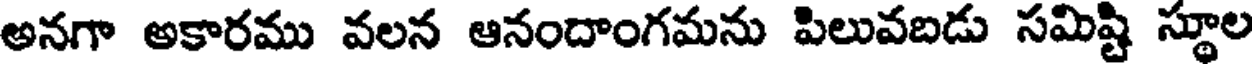
అనగా అకారము వలన ఆనందాంగమను పిలువబడు సమిష్టి స్థూల